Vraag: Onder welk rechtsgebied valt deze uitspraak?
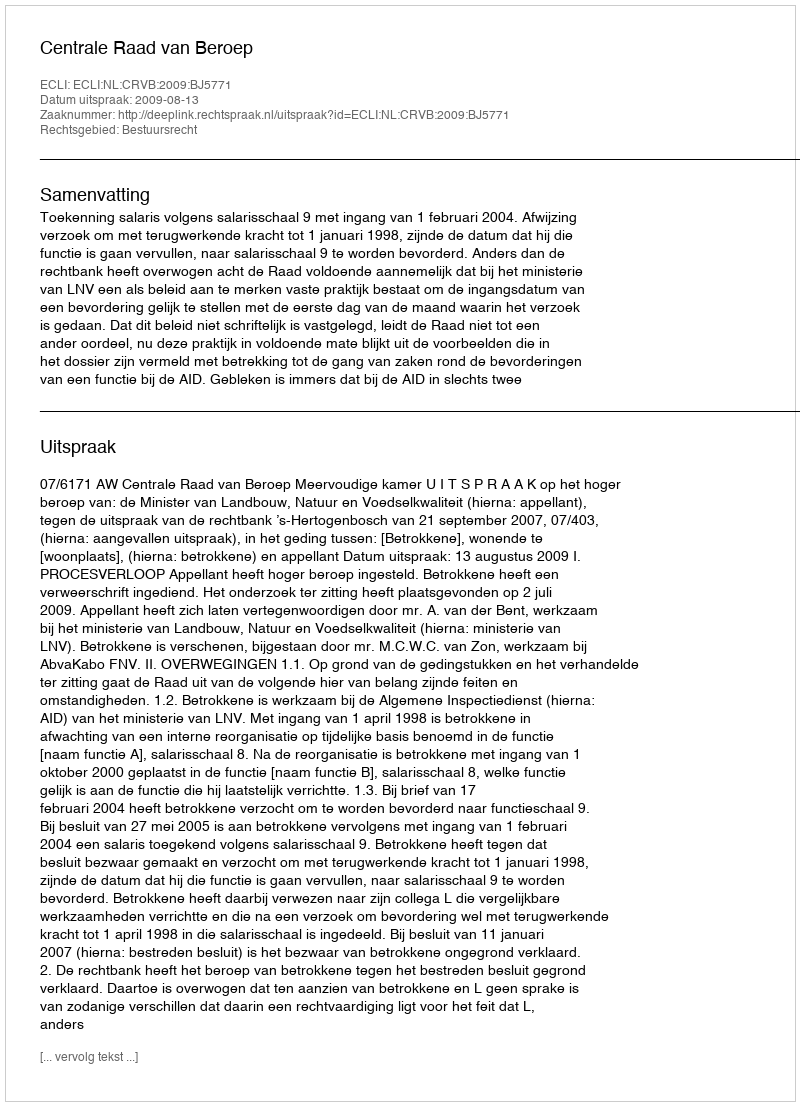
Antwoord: Bestuursrecht